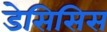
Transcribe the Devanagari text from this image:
डेसिसिस